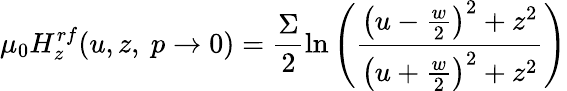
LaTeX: \mu_{0}H_{z}^{rf}(u,z,~p\rightarrow 0)=\frac{\Sigma}{2}\ln\left(\frac{\left(u-\frac{w}{2}\right)^{2}+z^{2}}{\left(u+\frac{w}{2}\right)^{2}+z^{2}}\right)